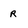
Character: r